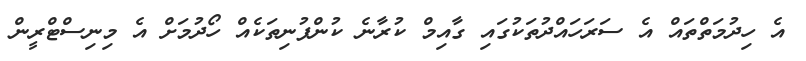
އެ ހިދުމަތްތައް އެ ސަރަހައްދުތަކުގައި ގާއިމް ކުރާނެ ކުންފުނިތަކެއް ހޯދުމަށް އެ މިނިސްޓްރީން